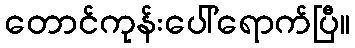
တောင်ကုန်းပေါ်ရောက်ပြီ။